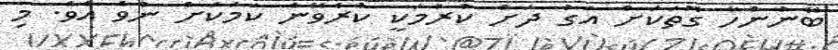
ބޭނުންހާ ގޮތަކަށް އަގު ދަށް ކުރުމަކީ ކުރެވޭނެ ކަމަކަށް ނުވެ އެވެ. މި